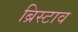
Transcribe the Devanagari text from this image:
ब्रिस्टाव